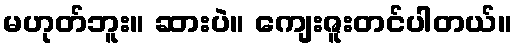
မဟုတ်ဘူး။ ဆားပဲ။ ကျေးဇူးတင်ပါတယ်။